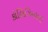
કોલિઝિયમનો